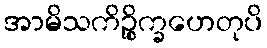
အာမိသကိဉ္စိက္ခဟေတုပိ